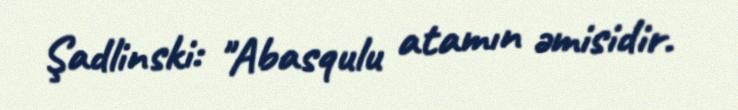
Şadlinski: "Abasqulu atamın əmisidir.